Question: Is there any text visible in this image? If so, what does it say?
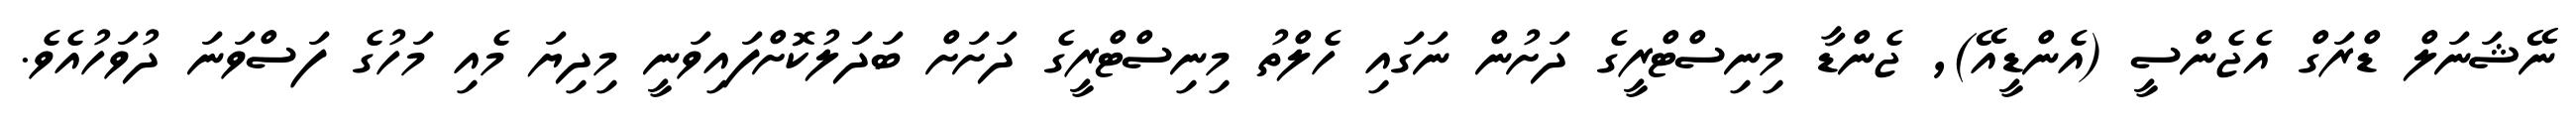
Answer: ނޭޝަނަލް ޑްރަގް އެޖެންސީ (އެންޑީއޭ), ޖެންޑާ މިނިސްޓްރީގެ ދަށުން ނަގައި ހެލްތު މިނިސްޓްރީގެ ދަށަށް ބަދަލުކޮށްފައިވަނީ މިދިޔަ މެއި މަހުގެ ފަސްވަނަ ދުވަހުއެވެ.